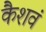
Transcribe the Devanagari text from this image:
कैशवं